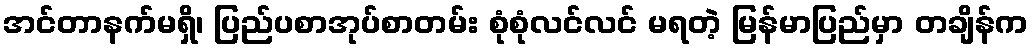
အင်တာနက်မရှိ၊ ပြည်ပစာအုပ်စာတမ်း စုံစုံလင်လင် မရတဲ့ မြန်မာပြည်မှာ တချိန်က